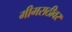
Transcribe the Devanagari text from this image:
मीमराठीवर